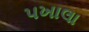
પખાલા